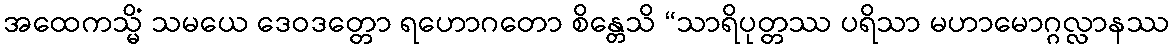
အထေကသ္မိံ သမယေ ဒေဝဒတ္တော ရဟောဂတော စိန္တေသိ “သာရိပုတ္တဿ ပရိသာ မဟာမောဂ္ဂလ္လာနဿ